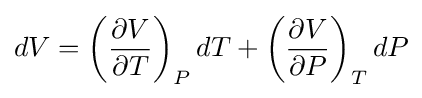
dV=\left({\frac {\partial V}{\partial T}}\right)_{P}dT+\left({\frac {\partial V}{\partial P}}\right)_{T}dP